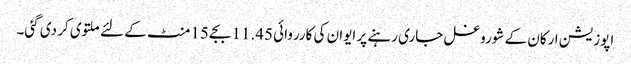
اپوزیشن ارکان کے شوروغل جاری رہنے پر ایوان کی کارروائی 11.45 بجے 15 منٹ کے لئے ملتوی کر دی گئی۔